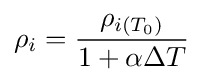
\rho _{i}={\frac {\rho _{i\left(T_{0}\right)}}{1+\alpha \Delta T}}